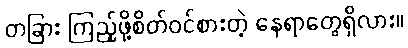
တခြား ကြည့်ဖို့စိတ်ဝင်စားတဲ့ နေရာတွေရှိလား။